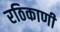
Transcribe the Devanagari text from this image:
रठिकाणी